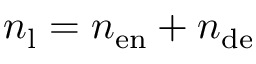
n _ { \mathrm { l } } = n _ { \mathrm { e n } } + n _ { \mathrm { d e } }